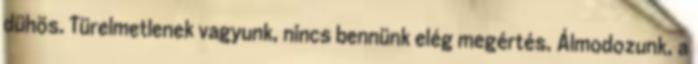
dühös. Türelmetlenek vagyunk, nincs bennünk elég megértés. Álmodozunk, a